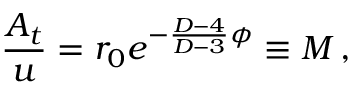
{ \frac { A _ { t } } { u } } = r _ { 0 } e ^ { - { \frac { D - 4 } { D - 3 } } \phi } \equiv M \, ,